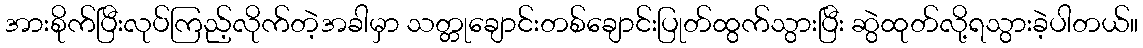
အားစိုက်ပြီးလုပ်ကြည့်လိုက်တဲ့အခါမှာ သတ္တုချောင်းတစ်ချောင်းပြုတ်ထွက်သွားပြီး ဆွဲထုတ်လို့ရသွားခဲ့ပါတယ်။